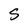
Character: S